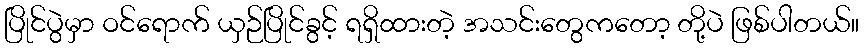
ပြိုင်ပွဲမှာ ဝင်ရောက် ယှဉ်ပြိုင်ခွင့် ရရှိထားတဲ့ အသင်းတွေကတော့ တို့ပဲ ဖြစ်ပါတယ်။